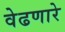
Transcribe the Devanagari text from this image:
वेढणारे